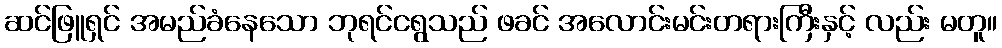
ဆင်ဖြူရှင် အမည်ခံနေသော ဘုရင်ငရွသည် ဖခင် အလောင်းမင်းတရားကြီးနှင့် လည်း မတူ။